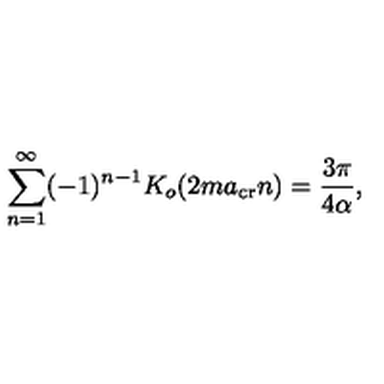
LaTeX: \sum _ { n = 1 } ^ { \infty } ( - 1 ) ^ { n - 1 } K _ { o } ( 2 m a _ { \mathrm { c r } } n ) = { \frac { 3 \pi } { 4 \alpha } } ,